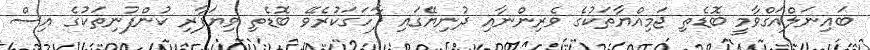
ބައިނަލްއަގްވާމީ ބޮޑެތި ޖަމިއްޔާތަކުގެ ވެރިންނާއި ދުނިޔޭގައި ފާހަގަކުރެވޭ ބޮޑެތި ވިޔަފާރި ކުންފުނިތަކުގެ އިސް